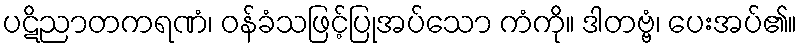
ပဋိညာတကရဏံ၊ ဝန်ခံသဖြင့်ပြုအပ်သော ကံကို။ ဒါတဗ္ဗံ၊ ပေးအပ်၏။